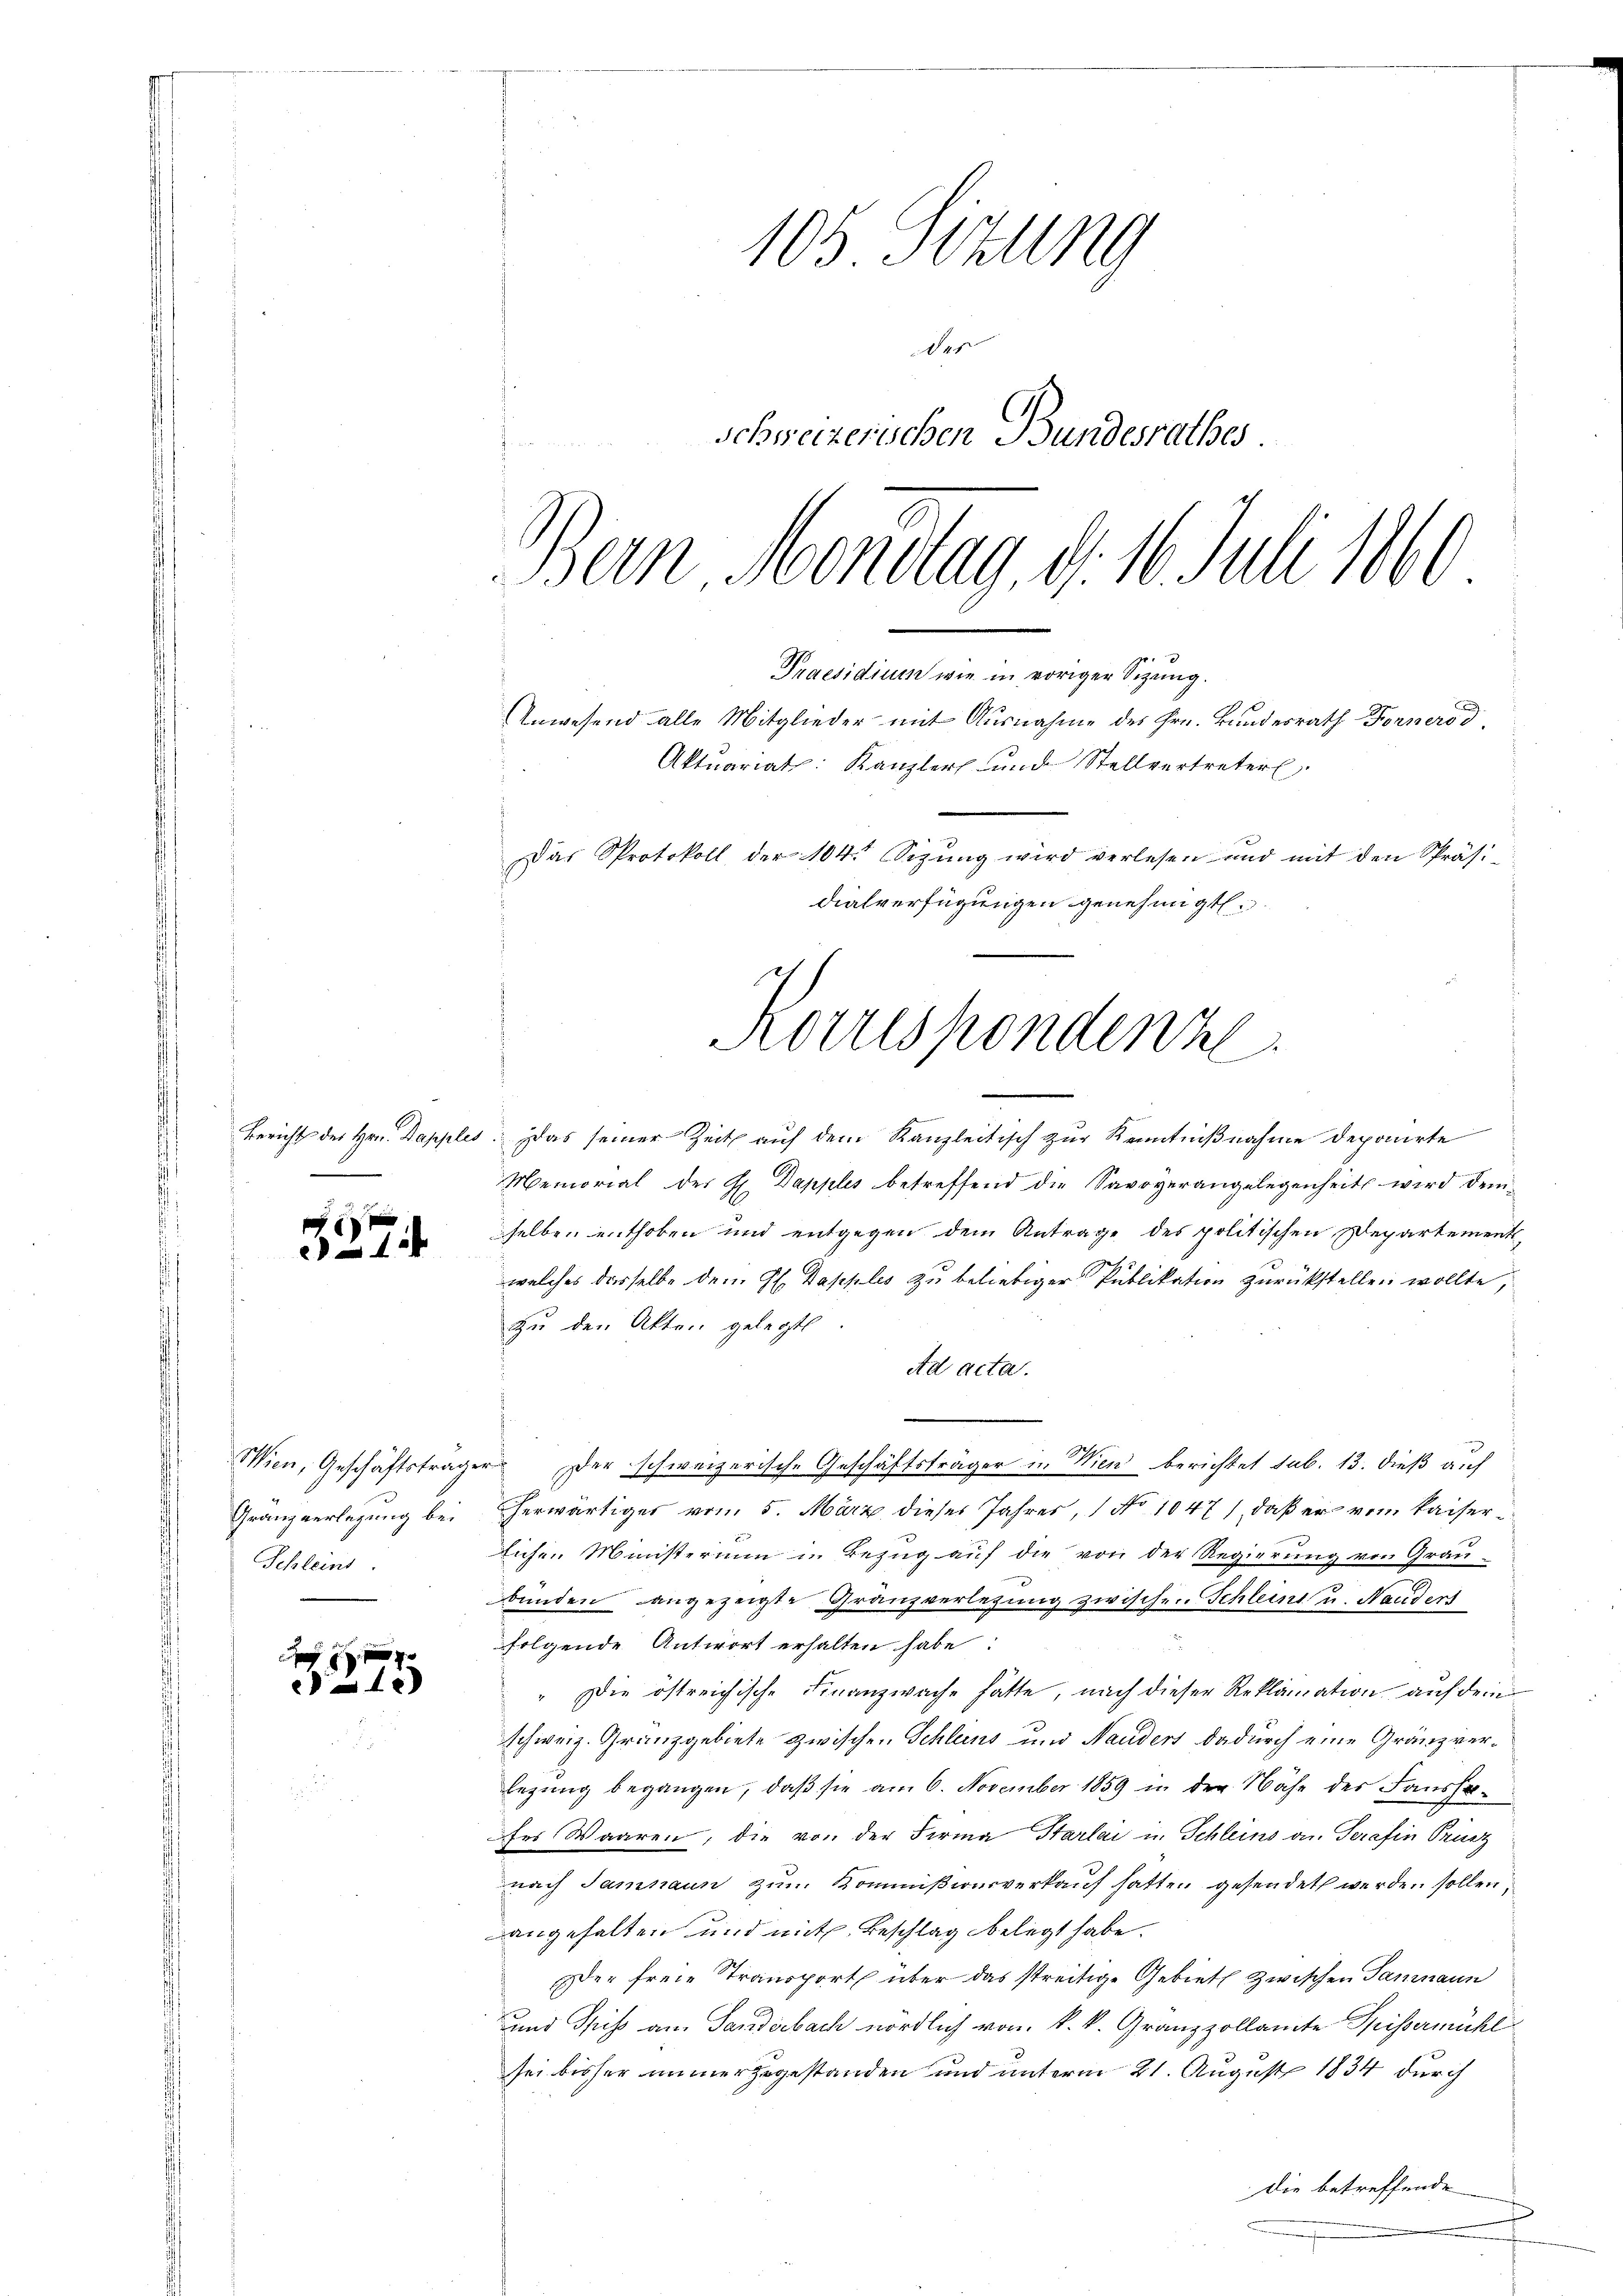
Bericht des Hrn. Dapples

x
1

Wien, Geschäftstrage
Gränzverlegung bei
Schleins

a
275

105. Situng
41
Schweizerischen Bundesrathes.

Bern Montag, d. 16. Juli 1860
Praesidium wie in voriger Sitzung.
Anwesend alle Mitglieder mit Ausnahme des Hrn. Bundesrath Forners d
Aktuariats: Kanzler und Stellvertreter
Das Protokoll der 104 Sizung wird verlesen und mit den Präsi-
diasverfügungen genehmigt.
Korrespondenze

Das seiner Zeit auf dem Kanzleitisch zur Kenntnißnahme deponirte
Memorial des H. Dapples betreffend die Savoyerangelegenheits wird demselben enthoben und entgegen dem Antrage des politischen Departements
welches dasselbe dem H. Dapples zu beliebiger Publikation zurückstellen wollte,
Zu den Akten gelegt
ad acta.
 Der schweizerische Geschäftsträger in Wien berichtet sub. 13. dieß auf
herwärtiges vom 5. März dieses Jahres, 1 No 1047), daß er vom Kaiser
Eichen Ministerium in Bezug auf die von der Regierung von Grau-
x
bunden angezeigte Granzverlegung zwischen Schleine u. Nanders
folgende Antwort erhalten habe:
d
Die östreichische Finanzwache hätte, nach dieser Reklamation auf dem
schweiz. Granzgebiete zwischen Schlans und Naudert dadurch eine Gränzverlegung begangen, daβ sie am 6. November 1859 in der Nähe des Fausse-
ses Waaren, die von der Firma Harlai in Schleins an Serafin Prinz
nach Samnaun zum Kommißionsverkauf hatten gesendet werden sollen,
angehalten und mit Beschlag belegt habe.
Der freie Transport über das streitige Gebiet zwischen Samnaun
und Speiss am Sanderbach nördlich vom k. k. Granzzollamte Spissermühl
sei bisher immer zugestanden und unterm 21. August 1834 durch
die betreffende